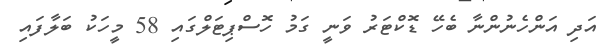
އަދި އަންހެނުންނާ ބެހޭ ޑޮކްޓަރު ވަނީ ގަމު ހޮސްޕިޓަލްގައި 58 މީހަކު ބަލާފައި